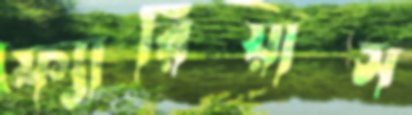
ফ্যারিয়াস